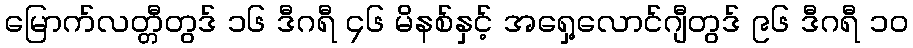
မြောက်လတ္တီတွဒ် ၁၆ ဒီဂရီ ၄၆ မိနစ်နှင့် အရှေ့လောင်ဂျီတွဒ် ၉၆ ဒီဂရီ ၁၀